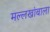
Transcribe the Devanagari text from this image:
मल्लखांबाला